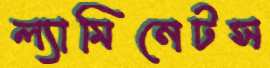
ল্যামিনেটস